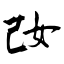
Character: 妀